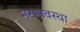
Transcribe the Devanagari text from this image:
मरणावस्था